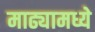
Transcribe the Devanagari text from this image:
माढ्यामध्ये